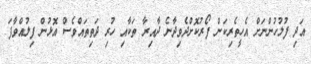
އަދި ފުލުހުންނަށް އެހީތެރިކަން ފޯރުކޮށްދެވިދާނެ ދާއިރާ ތަކާއި ހުރި ދަތިތައްވެސް އޮޅުން ފިލުއްވާފަ